Civil Veterinary Dept. Bombay admin report 1932-41 - 1932-1941
Year: 1932
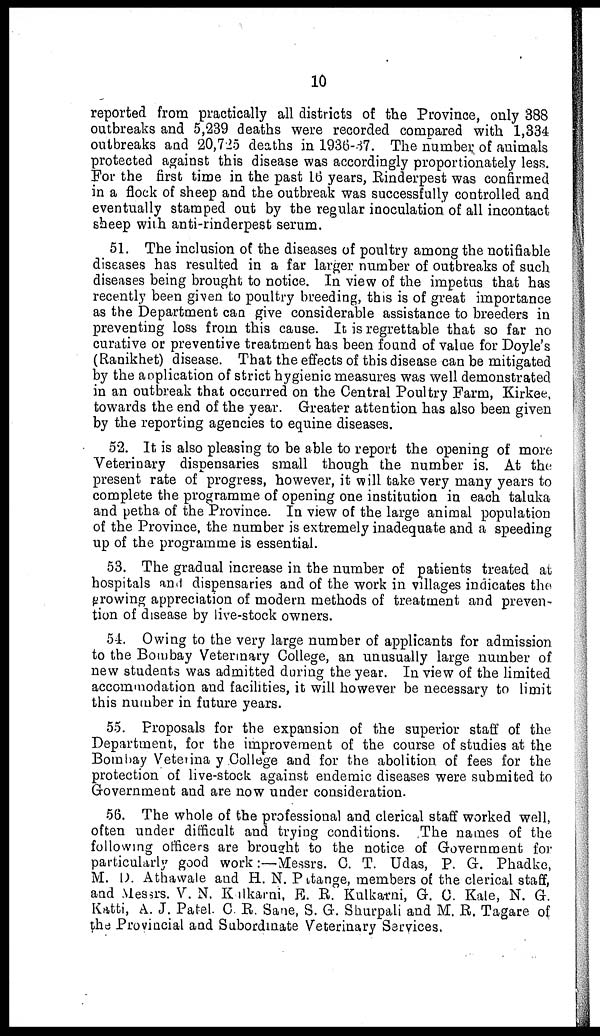
10
reported from practically all districts of the Province, only 388
outbreaks and 5,239 deaths were recorded compared with 1,334
outbreaks and 20,725 deaths in 1936-37. The number of animals
protected against this disease was accordingly proportionately less.
For the first time in the past 16 years, Rinderpest was confirmed
in a flock of sheep and the outbreak was successfully controlled and
eventually stamped out by the regular inoculation of all incontact
sheep with anti-rinderpest serum.
51. The inclusion of the diseases of poultry among the notifiable
diseases has resulted in a far larger number of outbreaks of such
diseases being brought to notice. In view of the impetus that has
recently been given to poultry breeding, this is of great importance
as the Department can give considerable assistance to breeders in
preventing loss from this cause. It is regrettable that so far no
curative or preventive treatment has been found of value for Doyle's
(Ranikhet) disease. That the effects of this disease can be mitigated
by the application of strict hygienic measures was well demonstrated
in an outbreak that occurred on the Central Poultry Farm, Kirkee,
towards the end of the year. Greater attention has also been given
by the reporting agencies to equine diseases.
52. It is also pleasing to be able to report the opening of more
Veterinary dispensaries small though the number is. At the
present rate of progress, however, it will take very many years to
complete the programme of opening one institution in each taluka
and petha of the Province. In view of the large animal population
of the Province, the number is extremely inadequate and a speeding
up of the programme is essential.
53. The gradual increase in the number of patients treated at
hospitals and dispensaries and of the work in villages indicates the
growing appreciation of modern methods of treatment and preven-
tion of disease by live-stock owners.
54. Owing to the very large number of applicants for admission
to the Bombay Veterinary College, an unusually large number of
new students was admitted during the year. In view of the limited
accommodation and facilities, it will however be necessary to limit
this number in future years.
55. Proposals for the expansion of the superior staff of the
Department, for the improvement of the course of studies at the
Bombay Vetetinary College and for the abolition of fees for the
protection of live-stock against endemic diseases were submited to
Government and are now under consideration.
56. The whole of the professional and clerical staff worked well,
often under difficult and trying conditions. The names of the
following officers are brought to the notice of Government for
particularly good work:—Messrs. C. T. Udas, P. G. Phadke,
M. D. Athawale and H. N. Pitange, members of the clerical staff,
and Messrs. V. N. Kulkarni, E. R. Kulkarni, G. C. Kale, N. G.
Katti, A. J. Patel. C. R. Sane, S. G. Shurpali and M. R. Tagare of
the Provincial and Subordinate Veterinary Services.